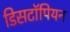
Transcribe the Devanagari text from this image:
डिसटॉपियन